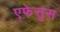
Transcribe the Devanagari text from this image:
एफेसुस